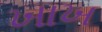
ખાખ